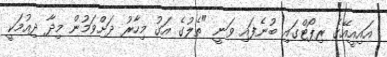
އައިއީއޭގެ ރިޕޯޓްގައި ބުނެފައި ވަނީ "ތެލުގެ އަގު މިހާރު ދަށްވަމުން މިދާ ދިއުމަކީ